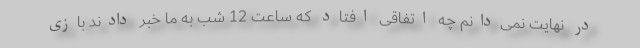
در نهایت نمی‌دانم چه اتفاقی افتاد که ساعت 12 شب به ما خبر دادند بازی